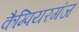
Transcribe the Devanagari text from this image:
कैम्पियरगंज